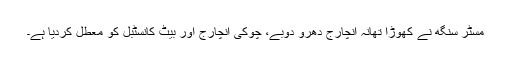
مسٹر سنگھ نے کھوڑا تھانہ انچارج دھرو دوبے، چوکی انچارج اور بیٹ کانسٹبل کو معطل کردیا ہے۔